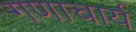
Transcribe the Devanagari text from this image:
गणाचार्य